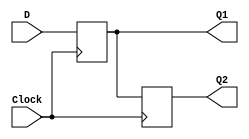
// This program was cloned from: https://github.com/haojunliu/OpenFPGA
// License: BSD 2-Clause "Simplified" License

/* pg 392 - 2 cascaded flip flops */

module bm_DL_2_cascaded_flip_flops(D, Clock, Q1, Q2);
	input D, Clock;
	output Q1, Q2;
	reg Q1, Q2;
	
	always @(posedge Clock)
	begin
		Q1 <= D;
		Q2 <= Q1;
	end
	
endmodule